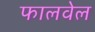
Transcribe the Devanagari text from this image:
फालवेल